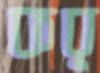
কর্